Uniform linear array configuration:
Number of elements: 4
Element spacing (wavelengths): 1
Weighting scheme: cosine
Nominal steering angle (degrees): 60
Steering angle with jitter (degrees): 60.584
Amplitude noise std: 0.05
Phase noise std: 0.05

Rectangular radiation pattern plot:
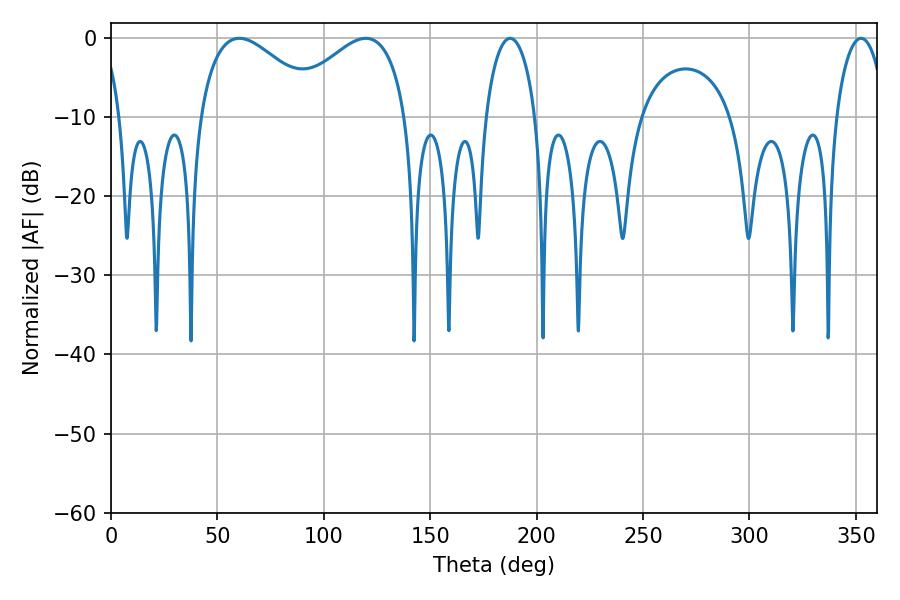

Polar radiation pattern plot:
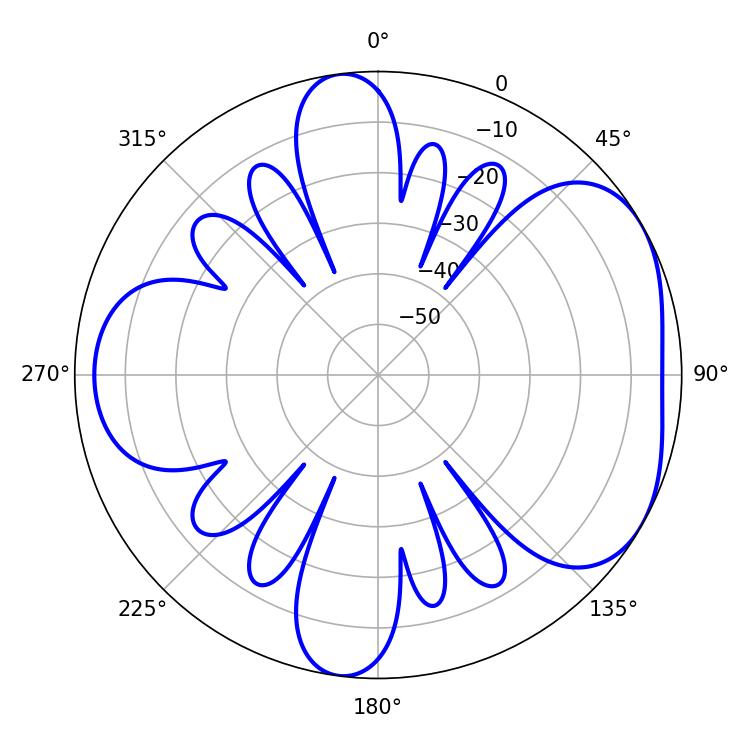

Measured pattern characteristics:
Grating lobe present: TRUE
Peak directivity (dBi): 4.71
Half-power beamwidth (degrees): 13.32
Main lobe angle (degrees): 187.56